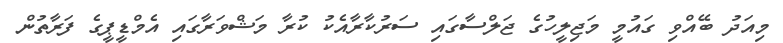
މިއަދު ބޭއްވި ގައުމީ މަޖިލީހުގެ ޖަލްސާގައި ސަރުކާރާއެކު ކުރާ މަޝްވަރާގައި އެމްޑީޕީގެ ފަރާތުން